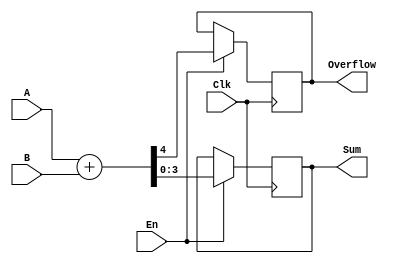
`timescale 1ns / 1ps
module adder(
    input [3:0] A,
    input [3:0] B,
    input Clk,
    input En,
    output [3:0] Sum,
    output Overflow
    );
	 
	 reg [3:0] sum;
	 reg overflow;
	 
	 initial
	 begin
	    sum[0]=0;
		 sum[1]=0;
		 sum[2]=0;
		 sum[3]=0;
		 overflow=0;
	 end
    
	 assign Overflow=overflow;
	 assign Sum=sum;
	 
	 always @(posedge Clk)
	 begin
	    if(En)
		 begin
		    {overflow,sum}=A+B;
		 end
	 end
	 
endmodule